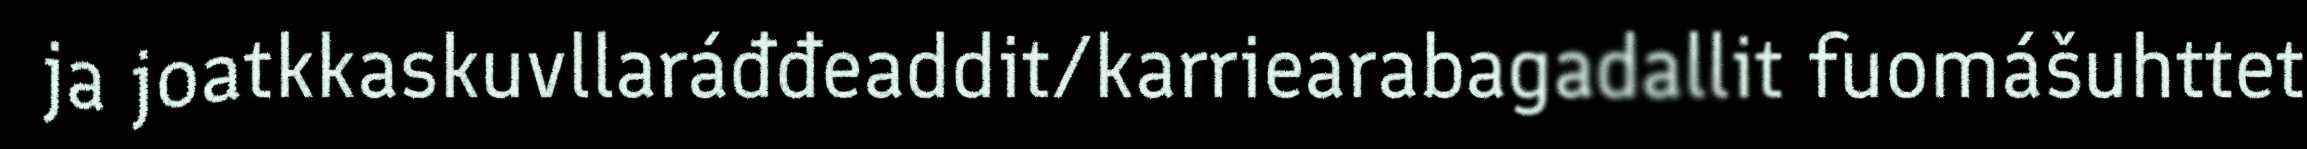
ja joatkkaskuvllaráđđeaddit/karriearabagadallit fuomášuhttet